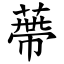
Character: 蔕